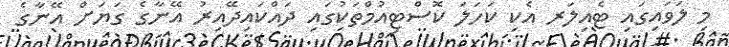
މި ލަވައިގައި ޓެއިލަރ އެކި ކަހަލަ ކޮސްޓިއުމްތަކުގައި ދައްކައިދޭއިރު އޭނާގެ ގަޔަށް އޭނާގެ